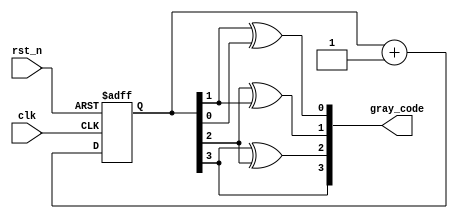
module gray_n #(
    parameter N = 4

)(
	input                clk,
	input                rst_n,
	output wire [N-1:0]  gray_code
);

    reg [N-1:0] bin_code;

    always@(posedge clk or negedge rst_n)
    begin
        if(!rst_n) bin_code <= 0;
        else    bin_code <= bin_code +1'b1;
    end


    assign  gray_code[N-1] = bin_code[N-1];

    generate
        genvar  i;
        for(i = 0; i < N-1; i = i + 1) begin
            assign gray_code[i] = bin_code[i+1] ^ bin_code[i];
        end
    endgenerate


endmodule